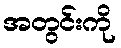
အတွင်းကို